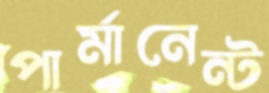
পার্মানেন্ট